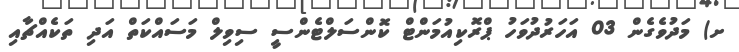
ށ) މަދުވެގެން 03 އަހަރުދުވަހު ޕްރޮކިއުމަންޓް ކޮންސަލްޓެންސީ ސިވިލް މަސައްކަތް އަދި ތަކެއްޗާއި